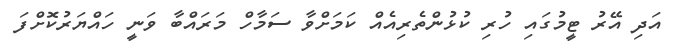
އަދި އޭރު ޓީމުގައި ހުރި ކުޅުންތެރިއެއް ކަމަށްވާ ސަމާހް މަރައްބާ ވަނީ ހައްޔަރުކޮށްފަ